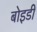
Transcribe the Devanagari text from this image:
बोइडी